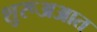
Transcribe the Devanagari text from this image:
शुरूअआत